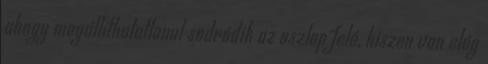
ahogy megállíthatatlanul sodródik az oszlop felé, hiszen van elég